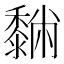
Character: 𪐆